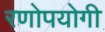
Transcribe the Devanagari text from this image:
रणोपयोगी